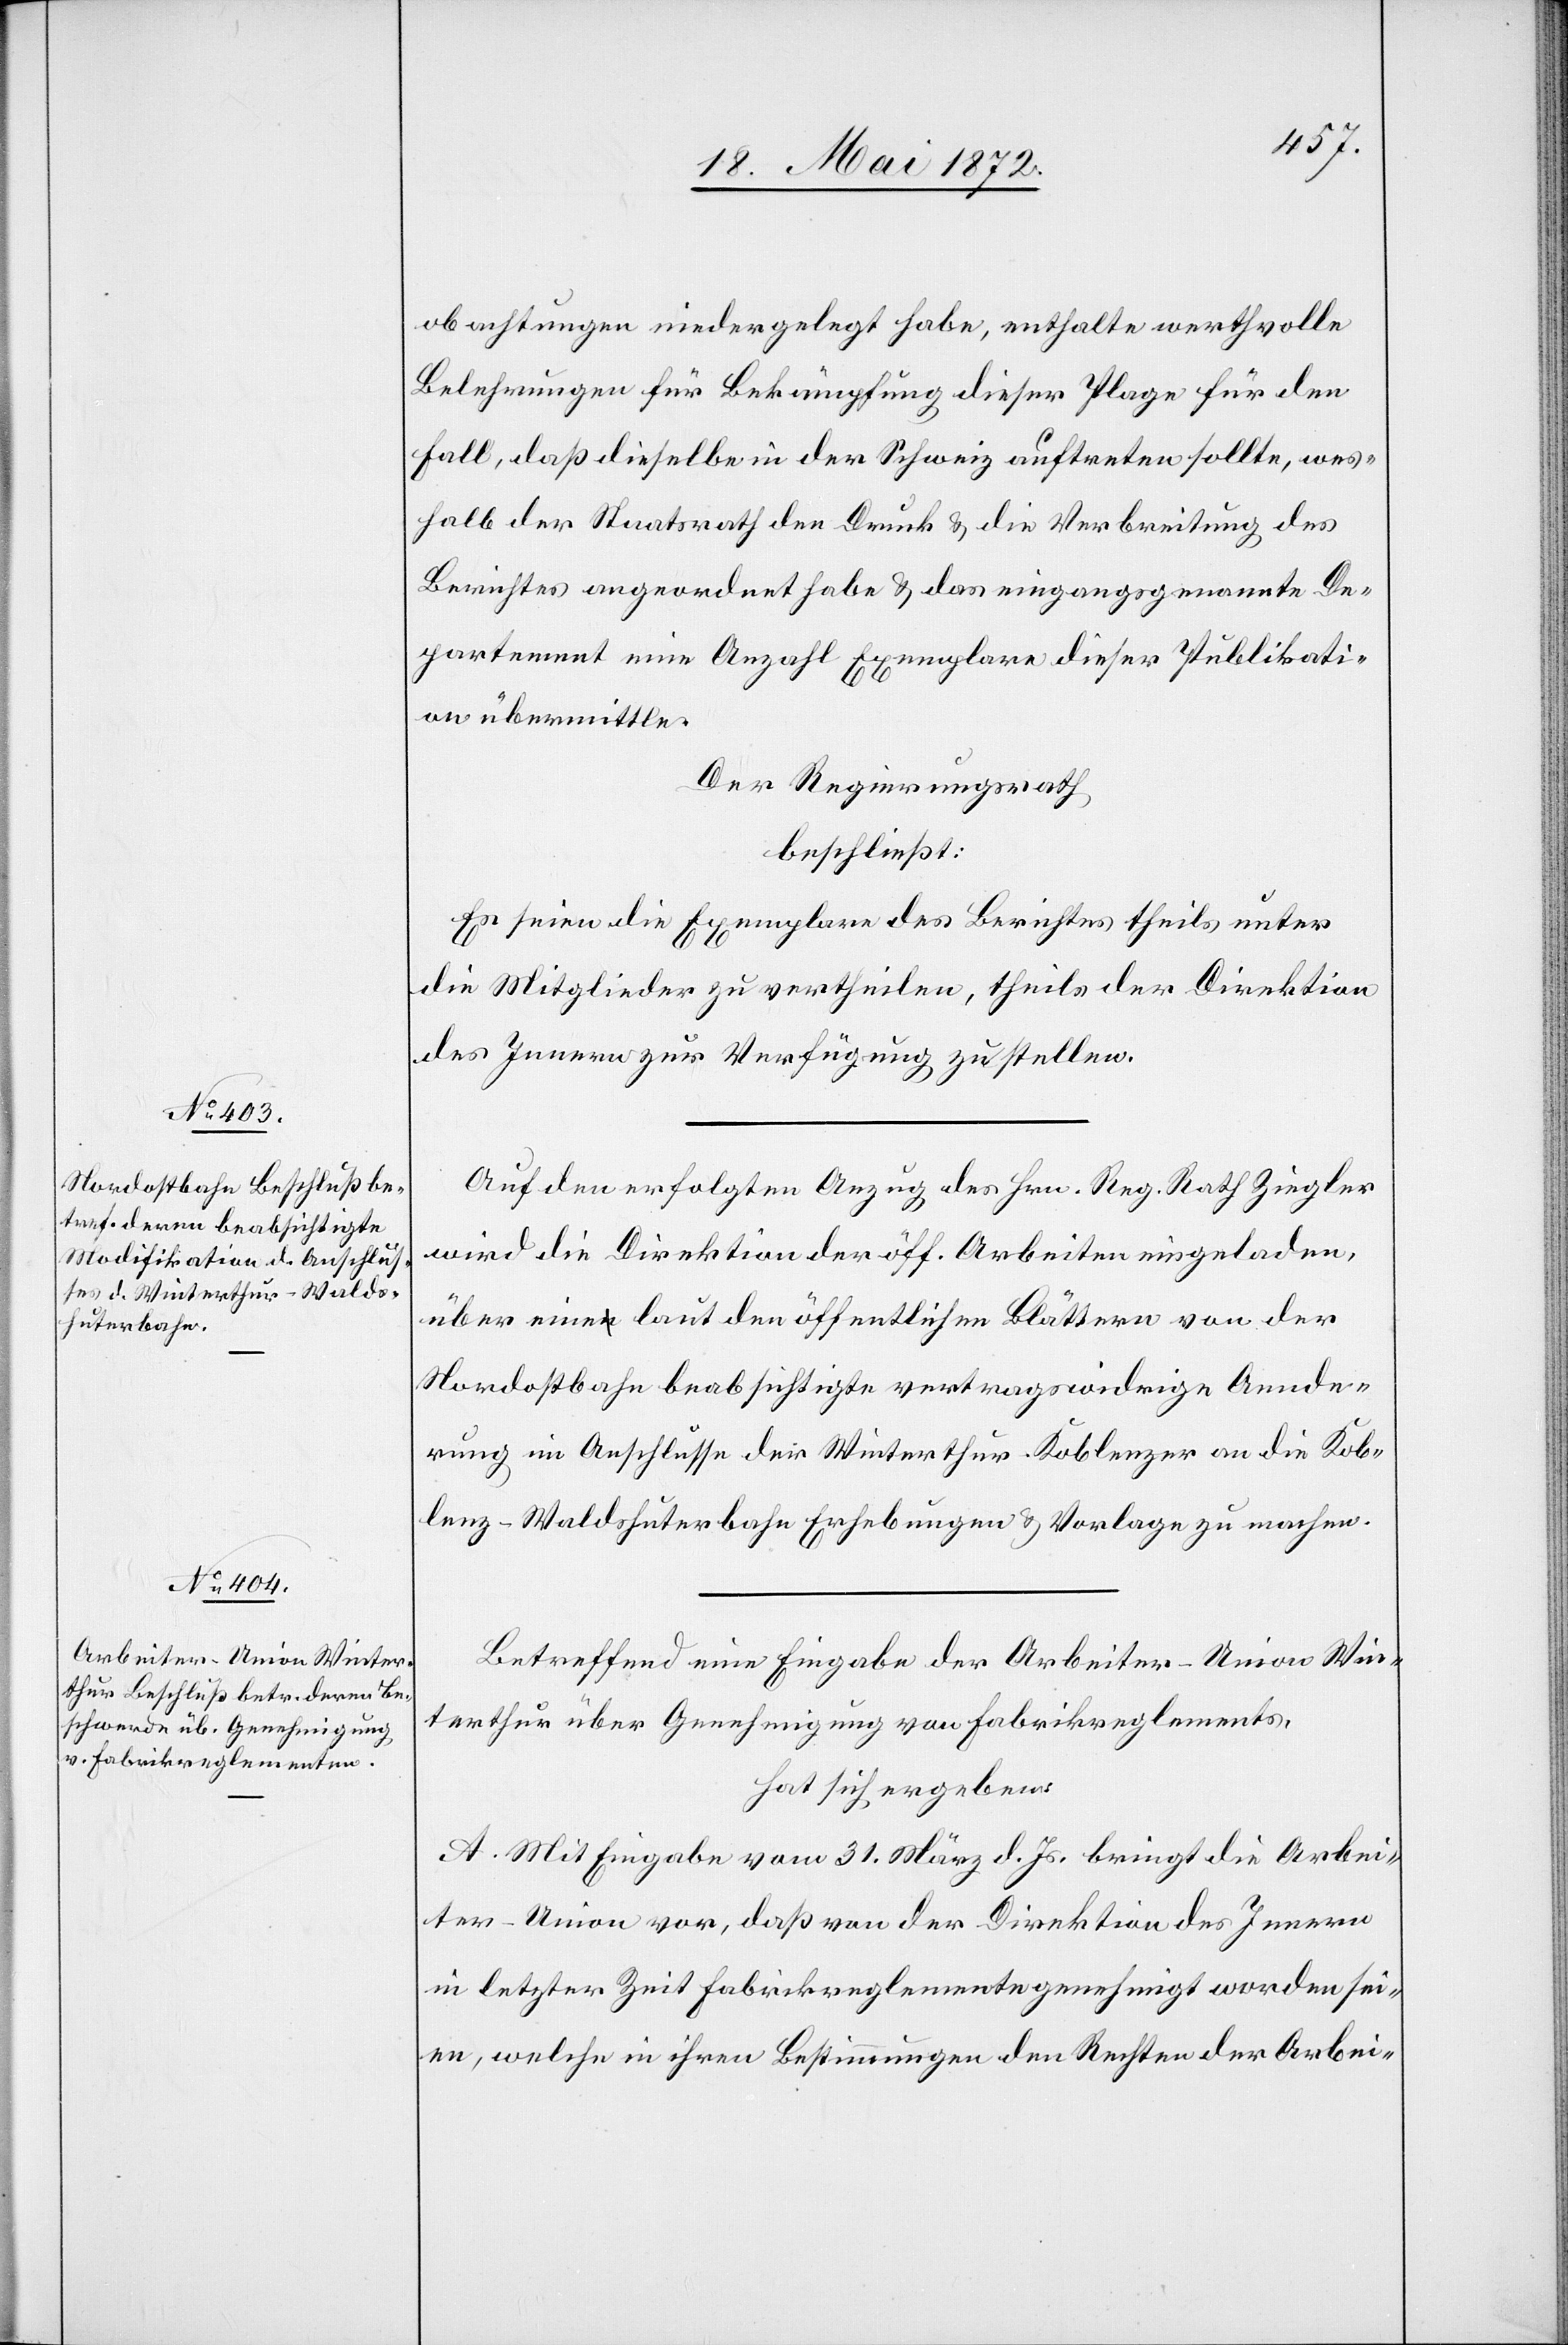
obachtungen niedergelegt habe, enthalte werthvolle
Belehrungen für Bekämpfung dieser Plage für den
Fall, daß dieselbe in der Schweiz auftreten sollte, wes¬
halb der Staatsrath den Druck u. die Verbreitung des
Berichtes angeordnet habe u. das eingangsgenannte De¬
partement eine Anzahl Exemplare dieser Publikati¬
on übermittle.
Der Regierungsrath
beschließt:
Es seien die Exemplare des Berichtes theils unter
die Mitglieder zu vertheilen, theils der Direktion
des Innern zur Verfügung zu stellen.
Auf den erfolgten Anzug des Hrn. Reg. Rath Ziegler
wird die Direktion der öff. Arbeiten eingeladen,
über eine laut den öffentlichen Blättern von der
Nordostbahn beabsichtigte vertragswidrige Aende¬
rung im Anschlusse der Winterthur–Koblenzer an die Kob¬
lenz–Waldshuterbahn Erhebungen u. Vorlagen zu machen.
Betreffend eine Eingabe der Arbeiter-Union Win¬
terthur über Genehmigung von Fabrikreglements
hat sich ergeben:
A. Mit Eingabe vom 31. März d. Js. bringt die Arbei¬
ter-Union vor, daß von der Direktion des Innern
in letzter Zeit Fabrikreglemente genehmigt worden sei¬
en, welche in ihren Bestimmungen den Rechten der Arbei-